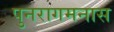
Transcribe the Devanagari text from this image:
पुनरागमनास